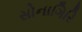
સોનાગિરિ